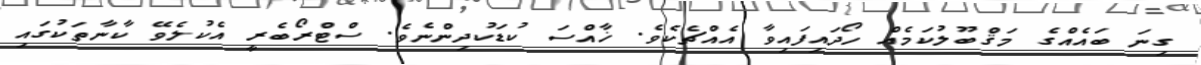
ގިނަ ބައެއްގެ މަޤްބޫލުކަމެއް ހޯދައިފައިވާ އެއްޗެކެވެ. ޚާއްސަ ކުޑަކުދިންނެވެ. ސްޓްރޯބެރީ އެކުލެވޭ ކާނާތަކުގައި